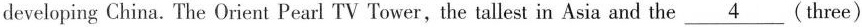
developing China. The Orient Pearl TV Tower,the tallest in Asia and the \underline{4}(three)